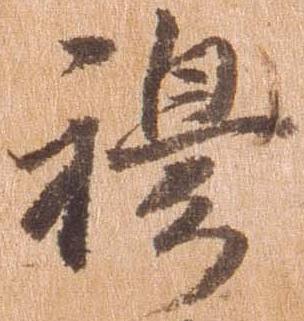
穆